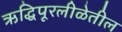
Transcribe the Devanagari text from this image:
ऋद्धिपूरलीळेतील